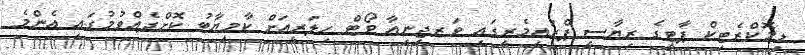
ޑިމޮކްރެޓިކް ޕާޓީގެ ރިޔާސީ ޕްރައިމެރީގައި ވަރޖިނިއާ ވޯޓް ހިލަރީއަށް ކާމިޔާބު ކޮށްދެއްވުމުގައި އެންމެ